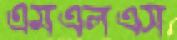
এমএলএস